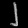
Digit: ၂